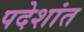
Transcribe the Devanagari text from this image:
पदेशांत